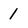
Character: 1